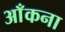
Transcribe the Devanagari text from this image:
आँकना